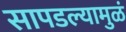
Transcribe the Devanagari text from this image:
सापडल्यामुळं